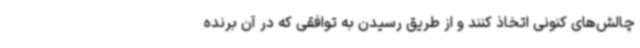
چالش‌های کنونی اتخاذ کنند و از طریق رسیدن به توافقی که در آن برنده